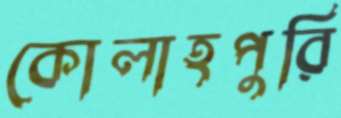
কোলাহপুরি